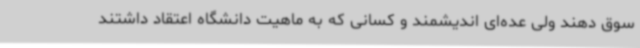
سوق دهند ولی عده‌ای اندیشمند و کسانی که به ماهیت دانشگاه اعتقاد داشتند